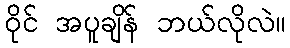
ဝိုင် အပူချိန် ဘယ်လိုလဲ။